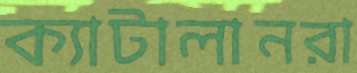
ক্যাটালানরা